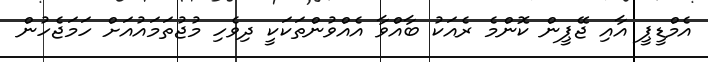
އެމްޑީޕީ އާއި ޖޭޕީން ކޮންމެ ރެއަކު ބާއްވާ އެއްވުންތަކަކީ ދިވެހި މުޖުތަމައުއަށް ހަމަޖެހުން